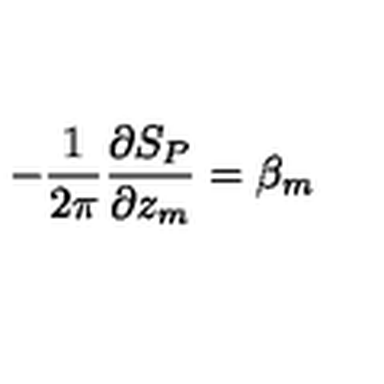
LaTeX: - \frac { 1 } { 2 \pi } \frac { \partial S _ { P } } { \partial z _ { m } } = \beta _ { m }